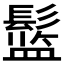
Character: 𱆅